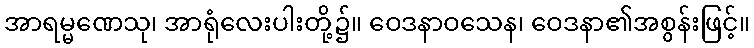
အာရမ္မဏေသု၊ အာရုံလေးပါးတို့၌။ ဝေဒနာဝသေန၊ ဝေဒနာ၏အစွန်းဖြင့်။